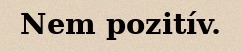
Nem pozitív.